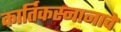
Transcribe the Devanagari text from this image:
कार्तिकस्नानाचे